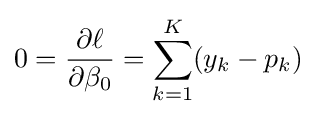
0={\frac {\partial \ell }{\partial \beta _{0}}}=\sum _{k=1}^{K}(y_{k}-p_{k})